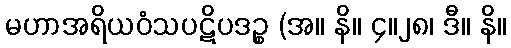
မဟာအရိယဝံသပဋိပဒဉ္စ (အ။ နိ။ ၄။၂၈၊ ဒီ။ နိ။